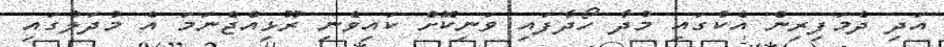
އަދި ދެމަފިރިން އެކުގައި މުދާ ހޯދާފައި ވަނިކޮށް ކައިވެނި ރޫޅިއްޖެނަމަ އެ މުދަލުގައި